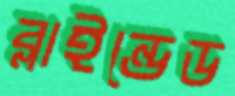
ব্লাইন্ডেড